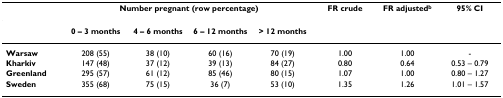
|  | <COLSPAN=4> Number pregnant (row percentage) | FR crude | FR adjustedb | 95% CI |
 | --- | --- | --- | --- | --- | --- | --- | --- |
 |  | 0 – 3 months | 4 – 6 months | 6 – 12 months | > 12 months |  |  |  |
 | Warsaw | 208 (55) | 38 (10) | 60 (16) | 70 (19) | 1.00 | 1.00 | - |
 | Kharkiv | 147 (48) | 37 (12) | 39 (13) | 84 (27) | 0.80 | 0.64 | 0.53 – 0.79 |
 | Greenland | 295 (57) | 61 (12) | 85 (46) | 80 (15) | 1.07 | 1.00 | 0.80 – 1.27 |
 | Sweden | 355 (68) | 75 (15) | 36 (7) | 53 (10) | 1.35 | 1.26 | 1.01 – 1.57 |